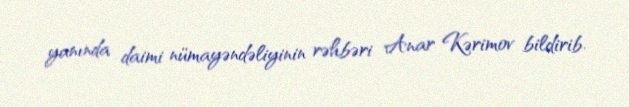
yanında daimi nümayəndəliyinin rəhbəri Anar Kərimov bildirib.